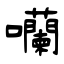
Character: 囒